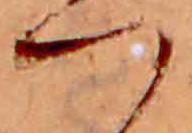
つ